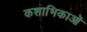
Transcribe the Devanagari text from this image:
कशाभिकाओं